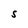
Character: S